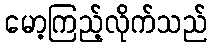
မော့ကြည့်လိုက်သည်